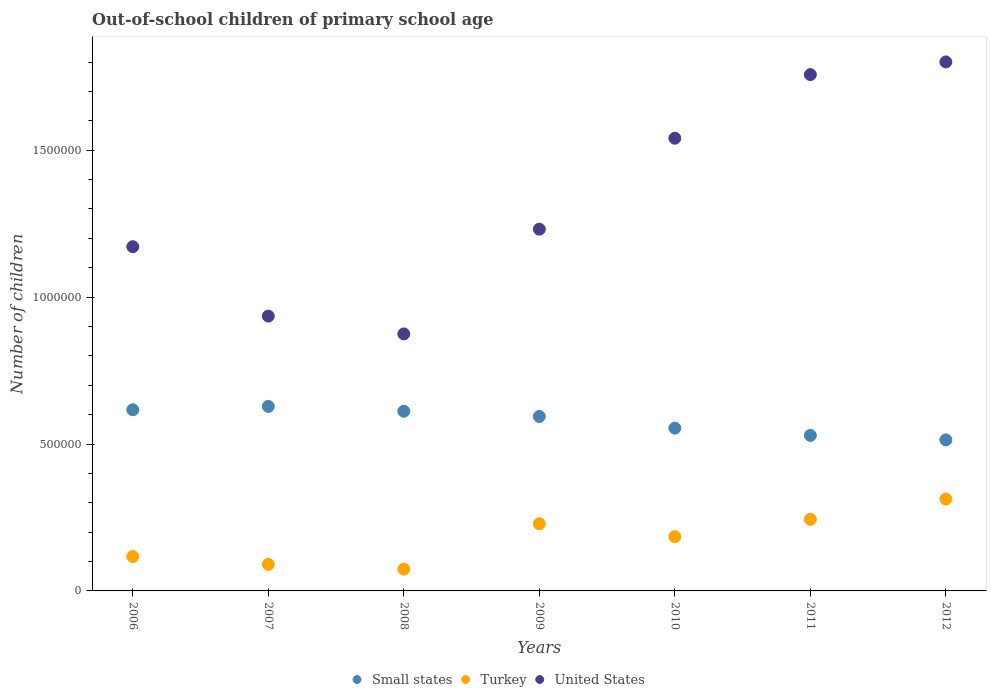
| Years | Small states | Turkey | United States |
 | --- | --- | --- | --- |
 | 2006 | 6.17e+05 | 1.17e+05 | 1.17e+06 |
 | 2007 | 6.28e+05 | 9.04e+04 | 9.35e+05 |
 | 2008 | 6.12e+05 | 7.42e+04 | 8.75e+05 |
 | 2009 | 5.94e+05 | 2.29e+05 | 1.23e+06 |
 | 2010 | 5.54e+05 | 1.85e+05 | 1.54e+06 |
 | 2011 | 5.29e+05 | 2.44e+05 | 1.76e+06 |
 | 2012 | 5.14e+05 | 3.13e+05 | 1.8e+06 |